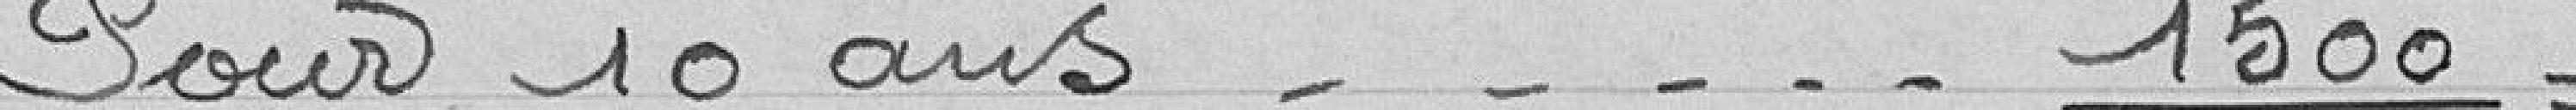
Pour 10 ans 1500